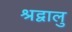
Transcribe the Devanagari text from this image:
श्रद्वालु